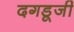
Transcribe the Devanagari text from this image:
दगडूजी